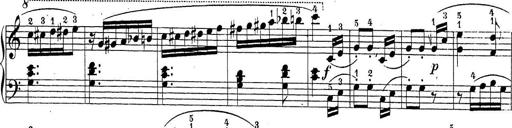
Title: Sonatina Album
Composer: Louis KÃ¶hler